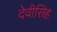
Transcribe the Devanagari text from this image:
देवीसिह